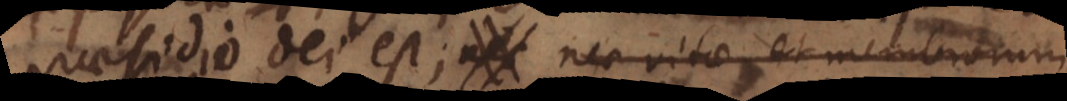
praesidio Dei est; nec vitae et membrorum